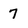
Character: 7